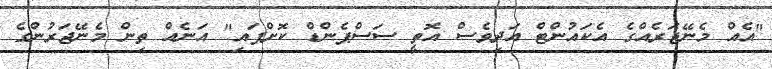
"އެއް މެނޭޖަރެއްގެ އެކައުންޓް އަދިވެސް އޮތީ ސަސްޕެންޑް ކޮށްފައި" އަނެއް ތިން މެނޭޖަރުންގެ